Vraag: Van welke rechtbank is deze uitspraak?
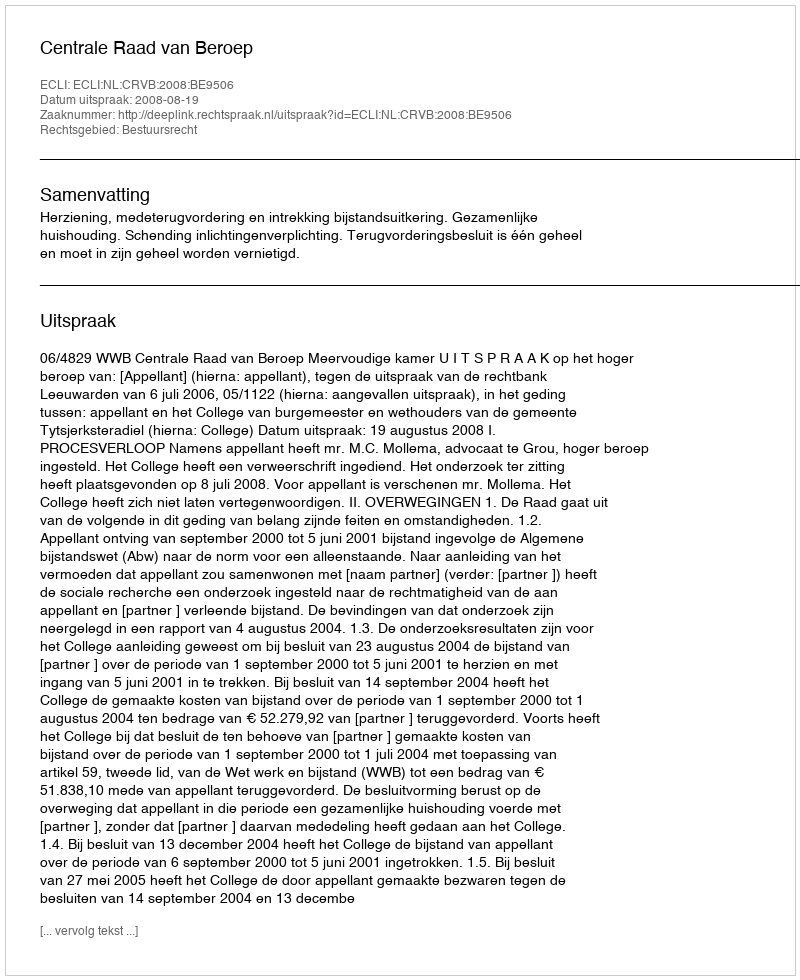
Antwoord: Centrale Raad van Beroep